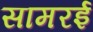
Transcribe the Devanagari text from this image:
सामरई